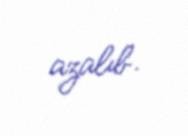
azalıb.